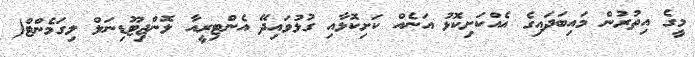
މީގެ އިތުރުން މައިބަދައިގެ އެއްކަށިކޮޅު އަނެއް ކަށިކޮޅާއި ގުޅުވައިދޭ އެންޓިރީއާ ލޮންޖިޓޫޑިނަލް ލިގަމެންޓް(